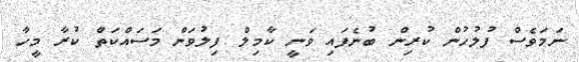
ނަމަވެސް ފުލުހުން ކުރިން ބުނެފައި ވަނީ ކާމިލް ފިލުވަން މަސައްކަތް ކުރާ މީހާ